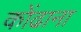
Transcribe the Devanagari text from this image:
कोंढाना